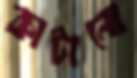
কাটানো